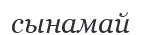
сынамай